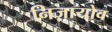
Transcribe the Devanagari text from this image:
निज़ायोव